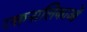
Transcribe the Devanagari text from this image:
रक्तनालिकाओं